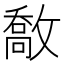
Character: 敿